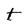
Character: t